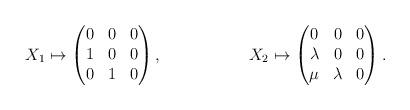
LaTeX: \begin{align*}X_1&\mapsto \begin{pmatrix}0&0&0\\ 1&0&0\\ 0&1&0\end{pmatrix},&X_2&\mapsto \begin{pmatrix}0&0&0\\ \lambda&0&0\\ \mu&\lambda&0\end{pmatrix}.\end{align*}